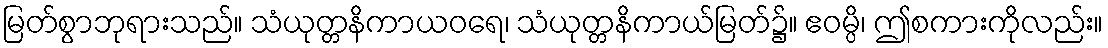
မြတ်စွာဘုရားသည်။ သံယုတ္တနိကာယဝရေ၊ သံယုတ္တနိကာယ်မြတ်၌။ ဧဝမ္ပိ၊ ဤစကားကိုလည်း။